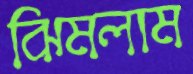
ঝিমলাম